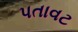
પતાવટ